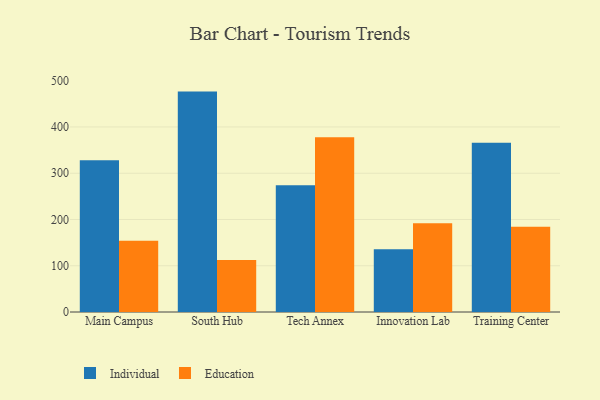
{"axis": {"x": "Campus", "y": "Energy Usage (MWh)"}, "legend": ["Education", "Individual"], "data": [{"x": "Main Campus", "y": 327.9, "type": "Individual"}, {"x": "Main Campus", "y": 154.3, "type": "Education"}, {"x": "South Hub", "y": 476.5, "type": "Individual"}, {"x": "South Hub", "y": 112.4, "type": "Education"}, {"x": "Tech Annex", "y": 274.1, "type": "Individual"}, {"x": "Tech Annex", "y": 378.0, "type": "Education"}, {"x": "Innovation Lab", "y": 135.8, "type": "Individual"}, {"x": "Innovation Lab", "y": 191.8, "type": "Education"}, {"x": "Training Center", "y": 366.0, "type": "Individual"}, {"x": "Training Center", "y": 184.1, "type": "Education"}]}